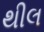
થીલ